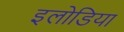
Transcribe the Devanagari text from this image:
इलोडिया